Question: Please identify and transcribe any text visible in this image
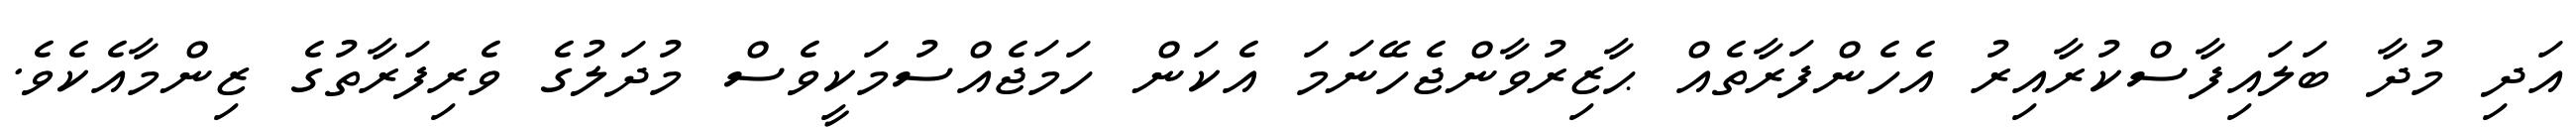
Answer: އަދި މުދާ ބަލައިފާސްކުރާއިރު އެހެންފަރާތެއް ޙާޒިރުވާންޖެހޭނަމަ އެކަން ހަމަޖެއްސުމަކީވެސް މުދަލުގެ ވެރިފަރާތުގެ ޒިންމާއެކެވެ.